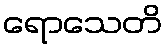
ရောသေတိ